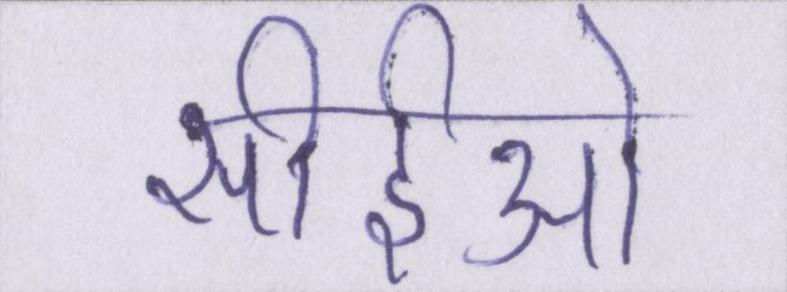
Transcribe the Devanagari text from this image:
सीईओ